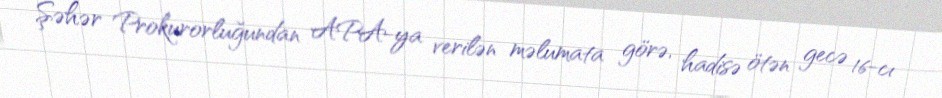
Şəhər Prokurorluğundan APA-ya verilən məlumata görə, hadisə ötən gecə 16-cı